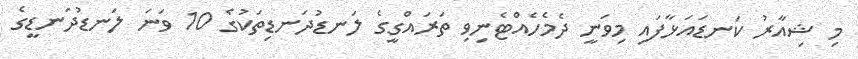
މި ޝިއާރު ކަނޑައަޅާފައި މިވަނީ ދެމެހެއްޓެނިވި ތަރައްގީގެ ލަނޑުދަނޑިތަކުގެ 10 ވަނަ ލަނޑުދަނޑީގެ